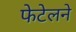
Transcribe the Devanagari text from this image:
फेटेलने